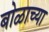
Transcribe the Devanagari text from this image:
बोळाच्या